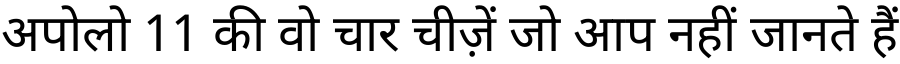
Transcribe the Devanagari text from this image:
अपोलो 11 की वो चार चीज़ें जो आप नहीं जानते हैं